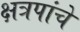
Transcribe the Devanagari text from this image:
क्षत्रपांचे